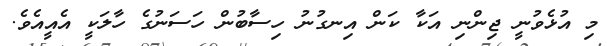
މި އުޅެވުނީ ޖިންނި އަކާ ކަން އިނގުނު ހިސާބުން ހަސަނުގެ ހާލަކީ އެއީއެވެ.